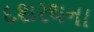
દશરથના